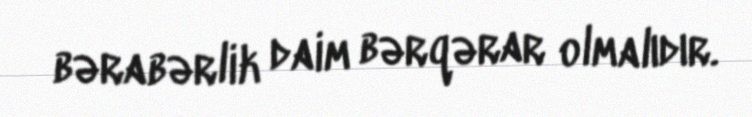
bərabərlik daim bərqərar olmalıdır.